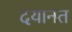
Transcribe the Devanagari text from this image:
दयानत